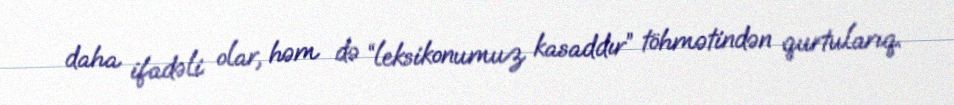
daha ifadəli olar, həm də “leksikonumuz kasaddır” töhmətindən qurtularıq.